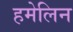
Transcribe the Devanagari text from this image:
हमेलिन